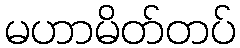
မဟာမိတ်တပ်